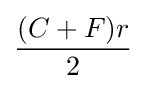
{\frac {(C+F)r}{2}}